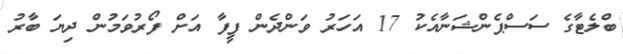
ބްލެޓާގެ ސަސްޕެންޝަނާއެކު 17 އަހަރު ވަންދެން ފީފާ އަށް ފޯރުވަމުން ދިޔަ ބާރު